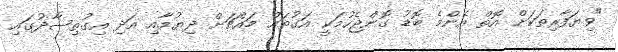
"ވިޔަފާރިތަކަށް އޮތް އެންމެ ބޮޑު ގޮންޖެހުމަކީ އަގުތައް މައްޗަށް ދިޔުމާއި އަދި އިގުތިސާދުގައި